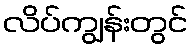
လိပ်ကျွန်းတွင်